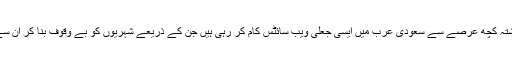
تفصیلات کے مطابق گزشتہ کچھ عرصے سے سعودی عرب میں ایسی جعلی ویب سائٹس کام کر رہی ہیں جن کے ذریعے شہریوں کو بے وقوف بنا کر ان سے رقم بٹوری جارہی ہے۔